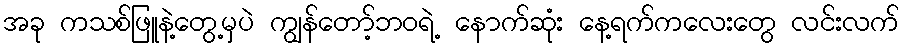
အခု ကသစ်ဖြူနဲ့တွေ့မှပဲ ကျွန်တော့်ဘဝရဲ့ နောက်ဆုံး နေ့ရက်ကလေးတွေ လင်းလက်